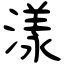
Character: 漾